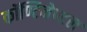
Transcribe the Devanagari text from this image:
कॉण्टिनेण्टल